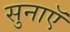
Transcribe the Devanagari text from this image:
सुनाएॅ